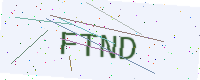
Text: FTND